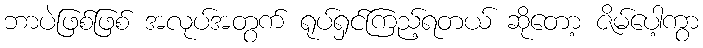
ဘာပဲဖြစ်ဖြစ် အလုပ်အတွက် ရုပ်ရှင်ကြည့်ရတယ် ဆိုတော့ ဇိမ်ပေါ့ကွာ